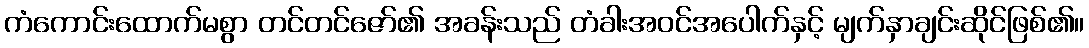
ကံကောင်းထောက်မစွာ တင်တင်ဇော်၏ အခန်းသည် တံခါးအဝင်အပေါက်နှင့် မျက်နှာချင်းဆိုင်ဖြစ်၏။